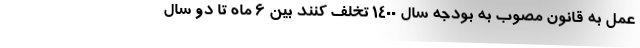
عمل به قانون مصوب به بودجه سال ۱۴۰۰ تخلف کنند بین ۶ ماه تا دو سال